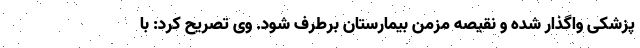
پزشکی واگذار شده و نقیصه مزمن بیمارستان برطرف شود. وی تصریح کرد: با